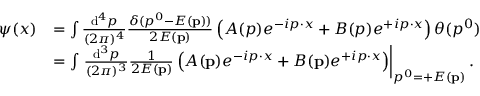
{ \begin{array} { r l } { \psi ( x ) } & { = \int { \frac { \mathrm { d } ^ { 4 } p } { ( 2 \pi ) ^ { 4 } } } { \frac { \delta ( p ^ { 0 } - E ( \mathbf { p } ) ) } { 2 E ( \mathbf { p } ) } } \left( A ( p ) e ^ { - i p \cdot x } + B ( p ) e ^ { + i p \cdot x } \right) \theta ( p ^ { 0 } ) } \\ & { = \int \left. { \frac { \mathrm { d } ^ { 3 } p } { ( 2 \pi ) ^ { 3 } } } { \frac { 1 } { 2 E ( \mathbf { p } ) } } \left( A ( \mathbf { p } ) e ^ { - i p \cdot x } + B ( \mathbf { p } ) e ^ { + i p \cdot x } \right) \right| _ { p ^ { 0 } = + E ( \mathbf { p } ) } . } \end{array} }